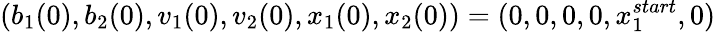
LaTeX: (b_{1}(0),b_{2}(0),v_{1}(0),v_{2}(0),x_{1}(0),x_{2}(0))=(0,0,0,0,x_{1}^{start},0)